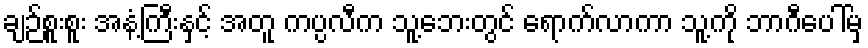
ချဉ်စူးစူး အနံ့ကြီးနှင့် အတူ ကပ္ပလီက သူ့ဘေးတွင် ရောက်လာကာ သူ့ကို ဘာဂီပေါ်မှ